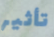
تأثير